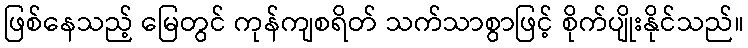
ဖြစ်နေသည့် မြေတွင် ကုန်ကျစရိတ် သက်သာစွာဖြင့် စိုက်ပျိုးနိုင်သည်။